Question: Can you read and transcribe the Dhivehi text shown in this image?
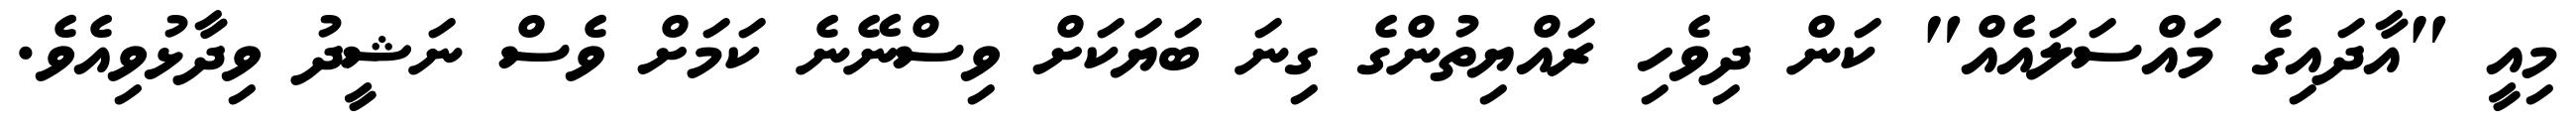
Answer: މިއީ "އާދައިގެ މައްސަލައެއް" ކަން ދިވެހި ރައްޔިތުންގެ ގިނަ ބަޔަކަށް ވިސްނޭނެ ކަމަށް ވެސް ނަޝީދު ވިދާޅުވިއެވެ.